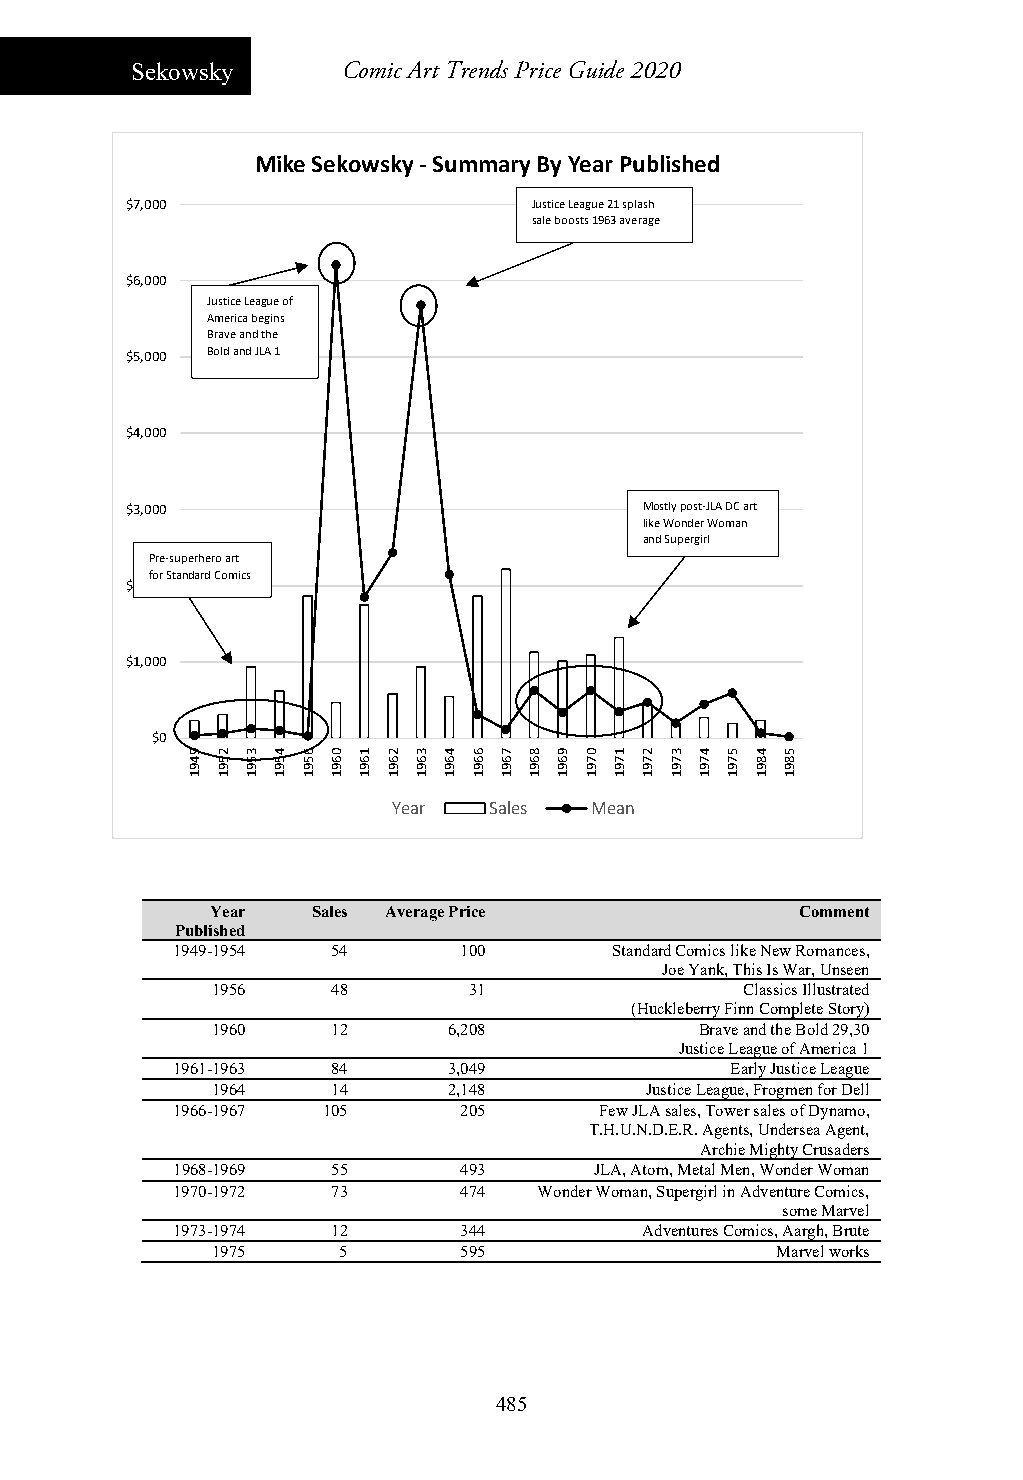
Sekowsky      Comic Art Trends Price Guide 2020
 Mike Sekowsky ‐Summary By Year Published
 $7,000                     Justice League 21 splash
 sale boosts 1963 average
 $6,000
 Justice League of
 America begins
 Brave and the
 $5,000 Bold and JLA 1
 $4,000
 $3,000                             Mostly post‐JLA DC art
 like Wonder Woman
 and Supergirl
 Pre‐superhero art
 for Standard Comics
 $2,000
 $1,000
 $0
 Year  Sales  Mean
 Year   Sales Average Price             Comment
 Published
 1949-1954  54      100        Standard Comics like New Romances,
 Joe Yank, This Is War, Unseen
 1956    48       31                Classics Illustrated
 (Huckleberry Finn Complete Story)
 1960    12      6,208           Brave and the Bold 29,30
 Justice League of America 1
 1961-1963  84      3,049             Early Justice League
 1964    14      2,148        Justice League, Frogmen for Dell
 1966-1967 105      205       Few JLA sales, Tower sales of Dynamo,
 T.H.U.N.D.E.R. Agents, Undersea Agent,
 Archie Mighty Crusaders
 1968-1969  55      493      JLA, Atom, Metal Men, Wonder Woman
 1970-1972  73      474   Wonder Woman, Supergirl in Adventure Comics,
 some Marvel
 1973-1974  12      344          Adventures Comics, Aargh, Brute
 1975    5       595                  Marvel works
 485
 9491 2591 3591 4591 6591 0691 1691 2691 3691 4691 6691 7691 8691 9691 0791 1791 2791 3791 4791 5791 4891 5891